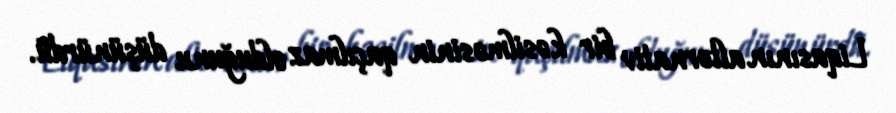
Liqasının alternativ bir kəsilməsinin qaçılmaz olduğunu düşünürdü.